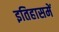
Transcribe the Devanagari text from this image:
इतिहासमें